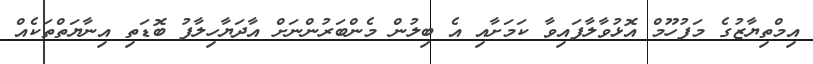
އިމްތިޔާޒުގެ މަފުހޫމް އޮޅުވާލާފައިވާ ކަމަށާއި އެ ބިލުން މެންބަރުންނަށް އާދަޔާހިލާފު ބޮޑަތި އިނާޔަތްތަކެއް